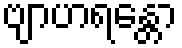
ဗျာဟရန္တော